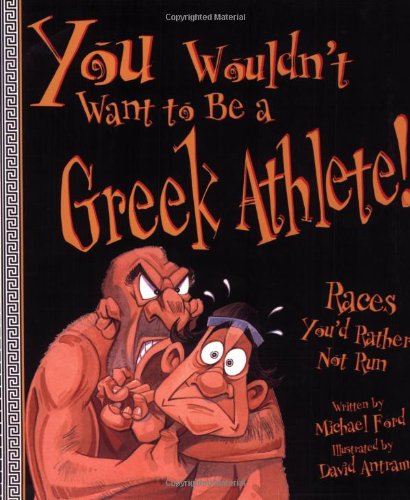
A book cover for You Wouldn't Want to Be a Greek Athlete!: Races You'd Rather Not Run; Michael Ford; Children's Books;